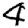
Digit: 4